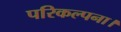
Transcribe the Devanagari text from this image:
परिकल्पना।